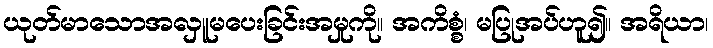
ယုတ်မာသောအလှူမပေးခြင်းအမှုကို။ အကိစ္စံ၊ မပြုအပ်ဟူ၍။ အရိယာ၊